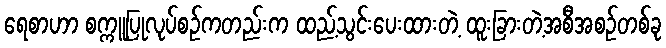
ရေစာဟာ စက္ကူပြုလုပ်စဉ်ကတည်းက ထည့်သွင်းပေးထားတဲ့ ထူးခြားတဲ့အစီအစဉ်တစ်ခု